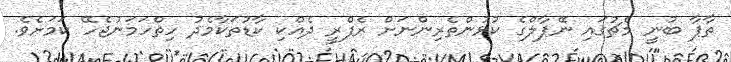
ތާޕާ ބުނީ މެޗުގައި ނޭޕާލްގެ ކުޅުންތެރިންނަށް ރެފްރީ ދެއްކި ކާޑުތަކާމެދު ހިތްހަމަނުޖެހޭ ކަމަށެވެ.